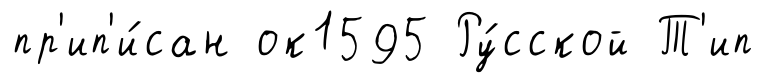
пр'ип'и́сан ок1595 Ру́сской Т'ип